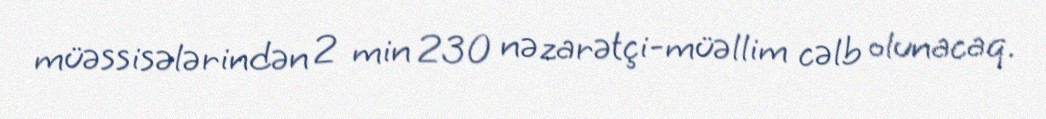
müəssisələrindən 2 min 230 nəzarətçi-müəllim cəlb olunacaq.